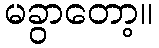
မခွာတော့။